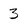
Character: 3